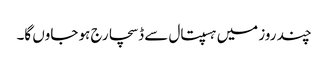
چند روز میں ہسپتال سے ڈسچارج ہو جاوں گا۔